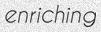
enriching